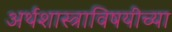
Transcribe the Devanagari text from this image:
अर्थशास्त्राविषयीच्या